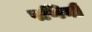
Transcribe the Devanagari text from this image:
पणिनी